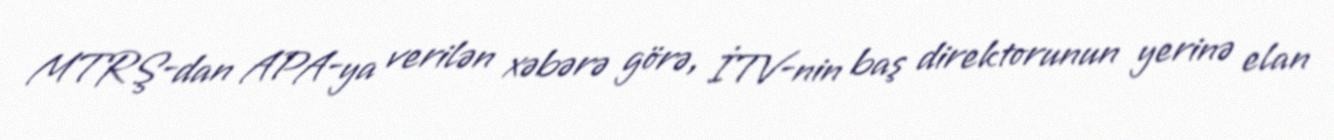
MTRŞ-dan APA-ya verilən xəbərə görə, İTV-nin baş direktorunun yerinə elan